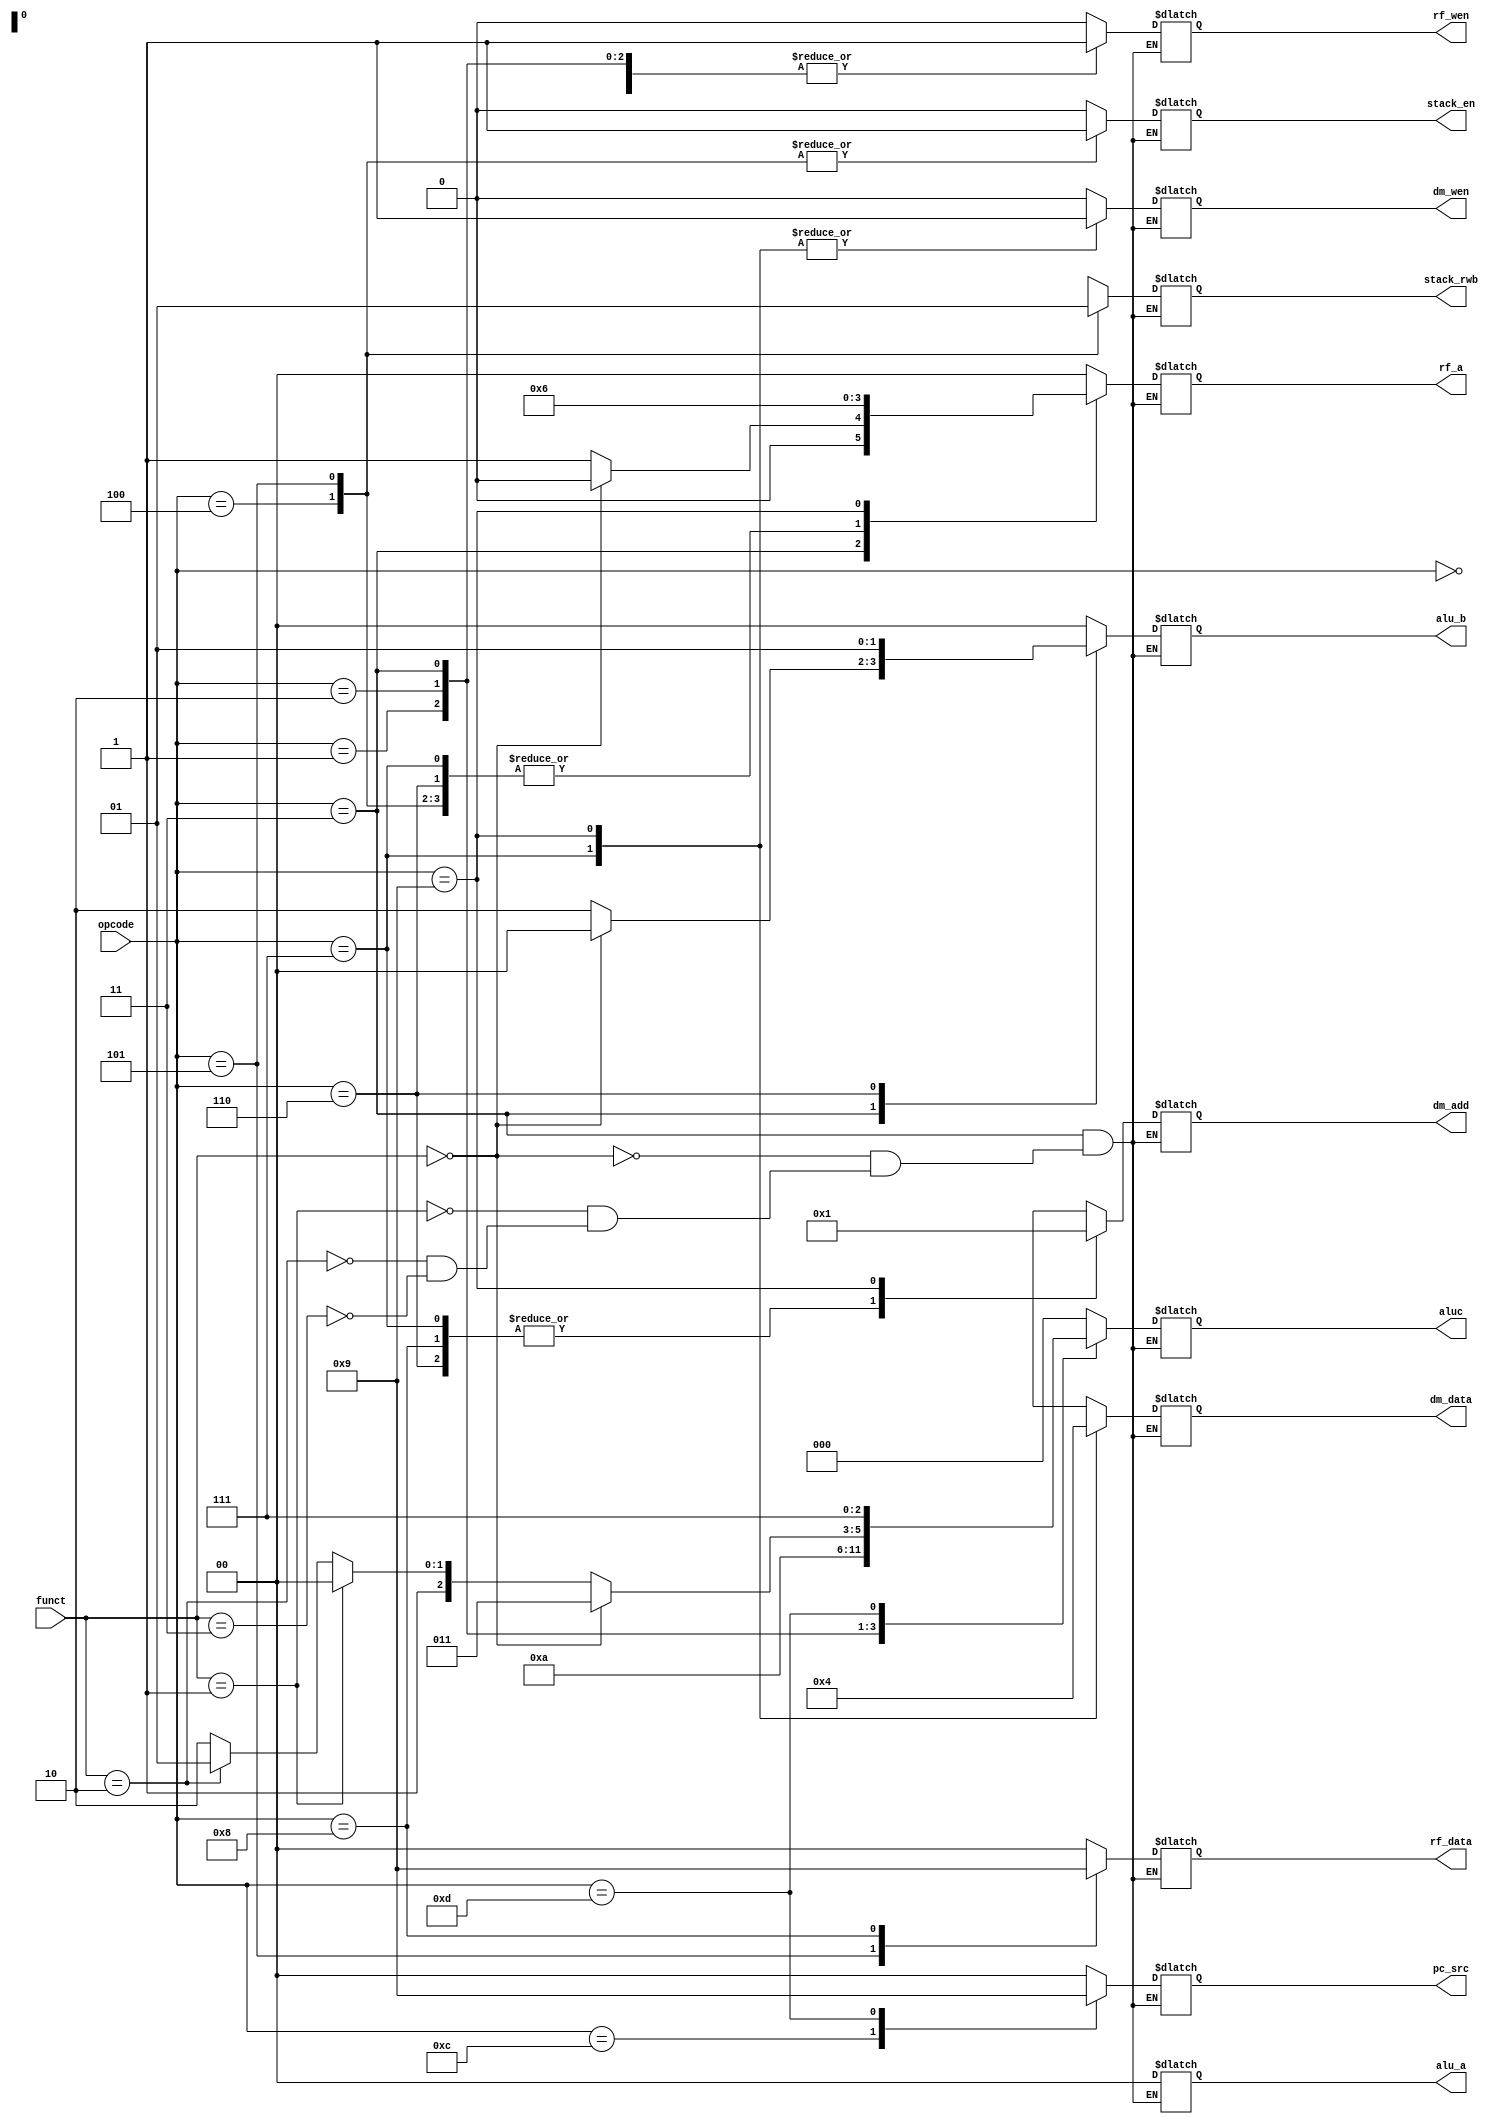
module control (pc_src,rf_wen,rf_a,rf_data,alu_a,alu_b,aluc,dm_wen,dm_add,dm_data,stack_rwb,stack_en,opcode,funct);
	input [3:0] opcode, funct;
	output reg [1:0] pc_src,rf_a,rf_data,alu_a,alu_b,dm_add,dm_data;
	output reg rf_wen,dm_wen,stack_rwb,stack_en;
	output reg [2:0] aluc;
	
	always @ (*)
		begin
			case(opcode)
					4'd0: begin                              //add
						pc_src  <= 2'd0;
						rf_wen  <= 1'b1;
						rf_a    <= 2'd0;
						rf_data <= 2'd0;
						alu_a   <= 2'd0;
						alu_b   <= 2'd0;
						aluc    <= 3'd0;
						dm_wen  <= 1'b0;
						dm_add  <= 2'bxx;
						dm_data <= 2'bxx;
						stack_en <= 1'b0;
						stack_rwb <= 1'bx;
					end
					4'd1: begin                             //sub
						pc_src  <= 2'd0;
						rf_wen  <= 1'b1;
						rf_a    <= 2'd0;
						rf_data <= 2'd0;
						alu_a   <= 2'd0;
						alu_b   <= 2'd0;
						aluc    <= 3'd1;
						dm_wen  <= 1'b0;
						dm_add  <= 2'bxx;
						dm_data <= 2'bxx;
						stack_en <= 1'b0;
						stack_rwb <= 1'bx;
					end
					4'd2: begin                            //nand
						pc_src  <= 2'd0;
						rf_wen  <= 1'b1;
						rf_a    <= 2'd0;
						rf_data <= 2'd0;
						alu_a   <= 2'd0;
						alu_b   <= 2'd0;
						aluc    <= 3'd2;
						dm_wen  <= 1'b0;
						dm_add  <= 2'bxx;
						dm_data <= 2'bxx;
						stack_en <= 1'b0;
						stack_rwb <= 1'bx;
					end
					4'd3: begin                           
						if(funct == 4'd0)                 //neg  
							begin
								pc_src  <= 2'd0;
								rf_wen  <= 1'b1;
								rf_a    <= 2'd0;
								rf_data <= 2'd0;
								alu_a   <= 2'd0;
								alu_b   <= 2'd0;
								aluc    <= 3'd3;
								dm_wen  <= 1'b0;
								dm_add  <= 2'bxx;
								dm_data <= 2'bxx;
								stack_en <= 1'b0;
								stack_rwb <= 1'bx;
							end
						else if(funct == 4'd1)            //sar 
							begin
								pc_src  <= 2'd0;
								rf_wen  <= 1'b1;
								rf_a    <= 2'd1;
								rf_data <= 2'd0;
								alu_a   <= 2'd0;
								alu_b   <= 2'd2;
								aluc    <= 3'd4;
								dm_wen  <= 1'b0;
								dm_add  <= 2'bxx;
								dm_data <= 2'bxx;
								stack_en <= 1'b0;
								stack_rwb <= 1'bx;
							end
						else if(funct == 4'd2)           //shr
							begin
								pc_src  <= 2'd0;
								rf_wen  <= 1'b1;
								rf_a    <= 2'd1;
								rf_data <= 2'd0;
								alu_a   <= 2'd0;
								alu_b   <= 2'd2;
								aluc    <= 3'd5;
								dm_wen  <= 1'b0;
								dm_add  <= 2'bxx;
								dm_data <= 2'bxx;
								stack_en <= 1'b0;
								stack_rwb <= 1'bx;
							end
						else if(funct == 4'd3)           //shl  
							begin
								pc_src  <= 2'd0;
								rf_wen  <= 1'b1;
								rf_a    <= 2'd1;
								rf_data <= 2'd0;
								alu_a   <= 2'd0;
								alu_b   <= 2'd2;
								aluc    <= 3'd6;
								dm_wen  <= 1'b0;
								dm_add  <= 2'bxx;
								dm_data <= 2'bxx;
								stack_en <= 1'b0;
								stack_rwb <= 1'bx;
							end
					end
					
					4'd4: begin                       //push
						pc_src  <= 2'd0;
						rf_wen  <= 1'b0;
						rf_a    <= 2'd1;
						rf_data <= 2'bxx;
						alu_a   <= 2'd0;
						alu_b   <= 2'bxx;
						aluc    <= 3'bxxx;
						dm_wen  <= 1'b0;
						dm_add  <= 2'bxx;
						dm_data <= 2'bxx;
						stack_en <= 1'b1;
						stack_rwb <= 1'b0;
					end
					
					4'd5: begin                       //pop
						pc_src  <= 2'd0;
						rf_wen  <= 1'b1;
						rf_a    <= 2'd1;
						rf_data <= 2'd2;
						alu_a   <= 2'd0;
						alu_b   <= 2'bxx;
						aluc    <= 3'bxxx;
						dm_wen  <= 1'b0;
						dm_add  <= 2'bxx;
						dm_data <= 2'bxx;
						stack_en <= 1'b1;
						stack_rwb <= 1'b1;
					end
					
					4'd6: begin                       //addm
						pc_src  <= 2'd0;
						rf_wen  <= 1'b0;
						rf_a    <= 2'd1;
						rf_data <= 2'd0;
						alu_a   <= 2'd0;
						alu_b   <= 2'd1;
						aluc    <= 3'd0;
						dm_wen  <= 1'b0;
						dm_add  <= 2'd0;
						dm_data <= 2'bxx;
						stack_en <= 1'b0;
						stack_rwb <= 1'bx;
					end
					
					4'd7: begin                       //slrm
						pc_src  <= 2'd0;
						rf_wen  <= 1'b0;
						rf_a    <= 2'd1;
						rf_data <= 2'bxx;
						alu_a   <= 2'd0;
						alu_b   <= 2'bxx;
						aluc    <= 3'bxxx;
						dm_wen  <= 1'b1;
						dm_add  <= 2'd0;
						dm_data <= 2'd1;
						stack_en <= 1'b0;
						stack_rwb <= 1'bx;
					end 
					4'd8: begin                          //lw
						pc_src  <= 2'd0;
						rf_wen  <= 1'b1;
						rf_a    <= 2'bxx;
						rf_data <= 2'd1;
						alu_a   <= 2'd0;
						alu_b   <= 2'bxx;
						aluc    <= 3'bxxx;
						dm_wen  <= 1'b0;
						dm_add  <= 2'd0;
						dm_data <= 2'bxx;
						stack_en <= 1'b0;
						stack_rwb <= 1'bx;
					end
					4'd9: begin                         //sw
						pc_src  <= 2'd0;
						rf_wen  <= 1'b0;
						rf_a    <= 2'd2;
						rf_data <= 2'bxx;
						alu_a   <= 2'd0;
						alu_b   <= 2'bxx;
						aluc    <= 3'bxxx;
						dm_wen  <= 1'b1;
						dm_add  <= 2'd1;
						dm_data <= 2'd0;
						stack_en <= 1'b0;
						stack_rwb <= 1'bx;
					end
					4'd12: begin                        //jmp
						pc_src  <= 2'd2;
		     			rf_wen  <= 1'b0;
						rf_a    <= 2'bxx;
						rf_data <= 2'bxx;
						alu_a   <= 2'd0;
						alu_b   <= 2'bxx;
						aluc    <= 3'bxxx;
						dm_wen  <= 1'b0;
						dm_add  <= 2'bxx;
						dm_data <= 2'bxx;
						stack_en <= 1'b0;
						stack_rwb <= 1'bx;
					end
					4'd13: begin                       //beq
						pc_src  <= 2'd1;
						rf_wen  <= 1'b0;
						rf_a    <= 2'd0;
						rf_data <= 2'bxx;
						alu_a   <= 2'd0;
						alu_b   <= 2'd0;
						aluc    <= 3'd7;
						dm_wen  <= 1'b0;
						dm_add  <= 2'bxx;
						dm_data <= 2'bxx;
						stack_en <= 1'b0;
						stack_rwb <= 1'bx;
					end
				
				default: begin                       
						pc_src  <= 2'bxx;
						rf_wen  <= 1'b0;
						rf_a    <= 2'bxx;
						rf_data <= 2'bxx;
						alu_a   <= 2'bxx;
						alu_b   <= 2'bxx;
						aluc    <= 3'bxxx;
						dm_wen  <= 1'b0;
						dm_add  <= 2'bxx;
						dm_data <= 2'bxx;
						stack_en <= 1'b0;
						stack_rwb <= 1'bx;
					end
			endcase
		end
endmodule